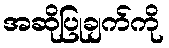
အဆိုပြုချက်ကို